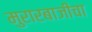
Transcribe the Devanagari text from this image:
मुरारबाजीचा